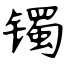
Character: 镯